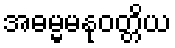
အဓမ္မမနုဝတ္တိယ